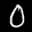
Label: 0